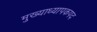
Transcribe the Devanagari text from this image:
मुख्याध्यापकपद